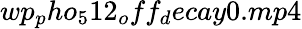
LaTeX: wp_{p}ho_{5}12_{o}ff_{d}ecay0.mp4